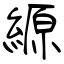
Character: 縓